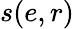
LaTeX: s(e,r)